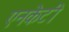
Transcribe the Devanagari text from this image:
एनकेटी